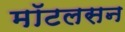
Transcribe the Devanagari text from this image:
मॉटलसन